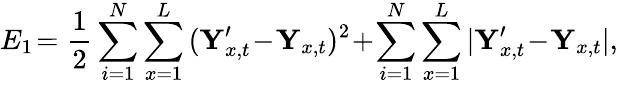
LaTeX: E_{1}\! =\frac{1}{2}\sum_{i=1}^{N}\sum_{x=1}^{L}{(\textbf Y_{x,t}^{\prime}\! -\! \textbf Y_{x,t})^{2}}\! +\! \sum_{i=1}^{N}\sum_{x=1}^{L}{|\textbf Y_{x,t}^{\prime}\! -\! \textbf Y_{x,t}|},